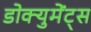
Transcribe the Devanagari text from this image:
डोक्युमेंट्स